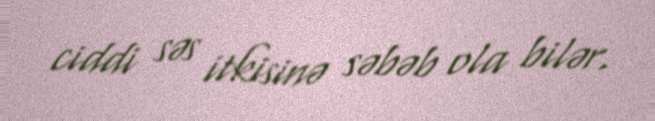
ciddi səs itkisinə səbəb ola bilər.